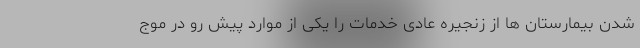
شدن بیمارستان ها از زنجیره عادی خدمات را یکی از موارد پیش رو در موج